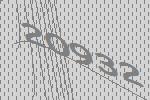
20932